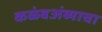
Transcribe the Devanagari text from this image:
कळंबअंब्याचा